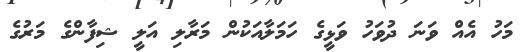
މަހު އެއް ވަނަ ދުވަހު ވަޅީގެ ހަމަލާއަކުން މަރާލި އަލީ ޝިފާންގެ މަރުގެ